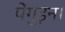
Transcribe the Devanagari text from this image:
पेंगुइन।